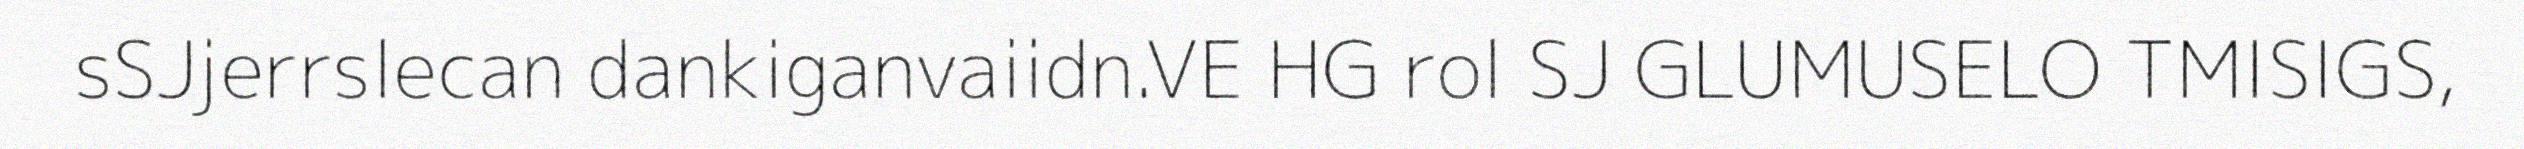
sSJjerrslecan dankiganvaiidn.VE HG rol SJ GLUMUSELO TMISIGS,